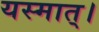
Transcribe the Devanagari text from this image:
यस्मात्।